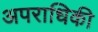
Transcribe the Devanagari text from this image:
अपराधिकी